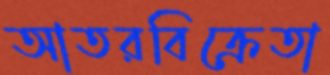
আতরবিক্রেতা